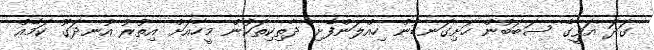
ގަދަ އަވީގެ ސަބަބުން ހަށިގަނޑުން ހިއްލަންފެށި ދާތިކިތަކުން މީހާއަށް އިތުރު އުނދަގޫ ކަމެއް